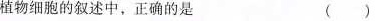
植物细胞的叙述中，正确的是 ()